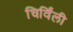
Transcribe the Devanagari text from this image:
चिर्विंली